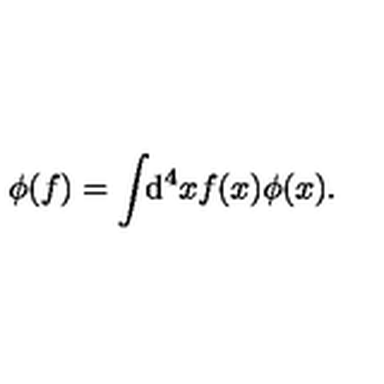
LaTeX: \phi ( f ) = \int \! \! \mathrm { d } ^ { 4 } x f ( x ) \phi ( x ) .